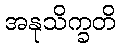
အနုသိက္ခတိ